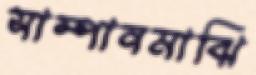
সাম্পানমাঝি